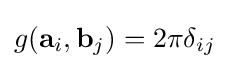
g(\mathbf {a} _{i},\mathbf {b} _{j})=2\pi \delta _{ij}